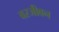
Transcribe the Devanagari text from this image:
वरजीवन